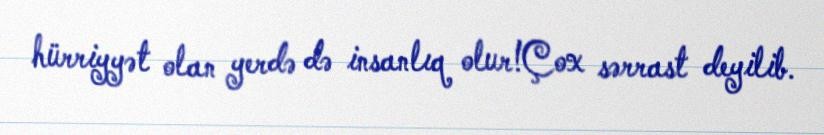
hürriyyət olan yerdə də insanlıq olur!Çox sərrast deyilib.